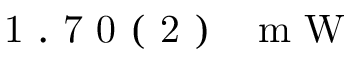
\mathrm { ~ \ensuremath ~ { ~ 1 ~ . ~ 7 ~ 0 ~ ( ~ 2 ~ ) ~ } ~ \, ~ m ~ W ~ }